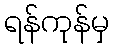
ရန်ကုန်မှ